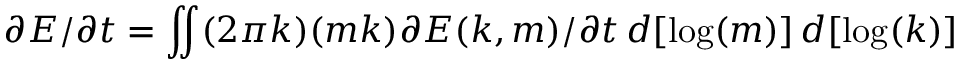
\partial E / \partial t = \iint ( 2 \pi k ) ( m k ) \partial E ( k , m ) / \partial t \, d [ \log ( m ) ] \, d [ \log ( k ) ]